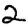
Digit: 2